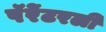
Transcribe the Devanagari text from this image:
पॅरेंटरली